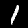
Label: 1